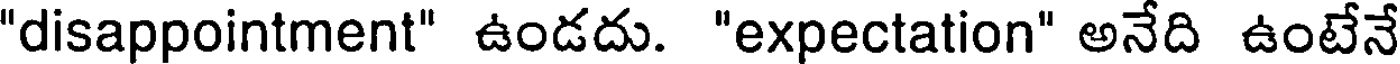
"disappointment" ఉండదు. "expectation" అనేది ఉంటేనే